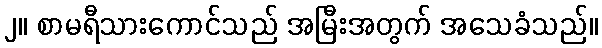
၂။ စာမရီသားကောင်သည် အမြီးအတွက် အသေခံသည်။